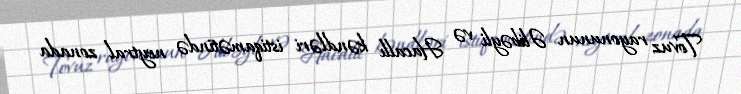
Tovuz rayonunun Əlibəyli və Hacallı kəndləri istiqamətində neytral zonada